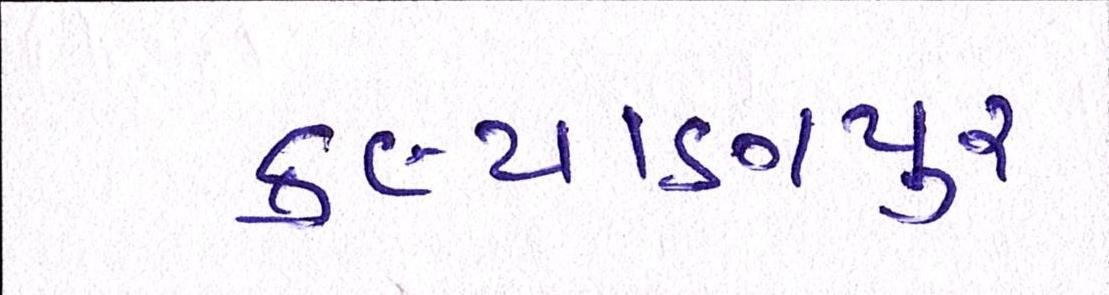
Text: કલ્યાણપુર